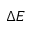
\Delta E